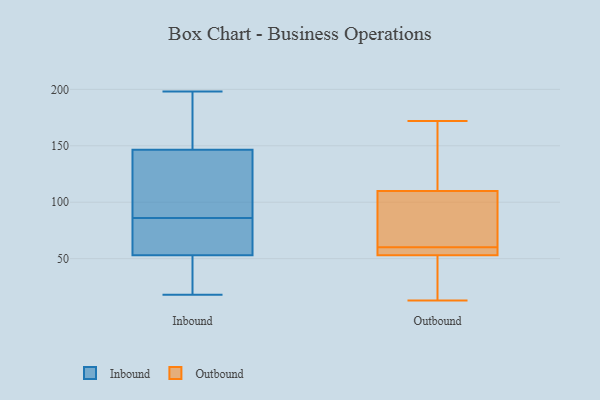
{"axis": {"x": "Population (Million)", "y": "Value"}, "legend": ["Inbound", "Outbound"], "data": [{"x": "", "y": 21, "type": "Inbound"}, {"x": "", "y": 186, "type": "Inbound"}, {"x": "", "y": 85, "type": "Inbound"}, {"x": "", "y": 18, "type": "Inbound"}, {"x": "", "y": 184, "type": "Inbound"}, {"x": "", "y": 135, "type": "Inbound"}, {"x": "", "y": 198, "type": "Inbound"}, {"x": "", "y": 25, "type": "Inbound"}, {"x": "", "y": 87, "type": "Inbound"}, {"x": "", "y": 130, "type": "Inbound"}, {"x": "", "y": 139, "type": "Inbound"}, {"x": "", "y": 61, "type": "Inbound"}, {"x": "", "y": 145, "type": "Inbound"}, {"x": "", "y": 67, "type": "Inbound"}, {"x": "", "y": 79, "type": "Inbound"}, {"x": "", "y": 148, "type": "Inbound"}, {"x": "", "y": 27, "type": "Inbound"}, {"x": "", "y": 45, "type": "Inbound"}, {"x": "", "y": 63, "type": "Inbound"}, {"x": "", "y": 180, "type": "Inbound"}, {"x": "", "y": 110, "type": "Outbound"}, {"x": "", "y": 172, "type": "Outbound"}, {"x": "", "y": 53, "type": "Outbound"}, {"x": "", "y": 67, "type": "Outbound"}, {"x": "", "y": 24, "type": "Outbound"}, {"x": "", "y": 54, "type": "Outbound"}, {"x": "", "y": 138, "type": "Outbound"}, {"x": "", "y": 63, "type": "Outbound"}, {"x": "", "y": 119, "type": "Outbound"}, {"x": "", "y": 57, "type": "Outbound"}, {"x": "", "y": 13, "type": "Outbound"}, {"x": "", "y": 92, "type": "Outbound"}, {"x": "", "y": 50, "type": "Outbound"}, {"x": "", "y": 57, "type": "Outbound"}]}